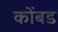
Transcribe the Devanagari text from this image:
कोंबड